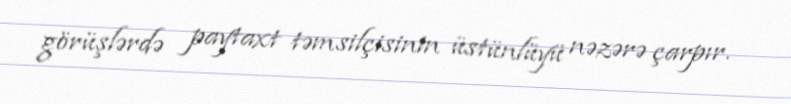
görüşlərdə paytaxt təmsilçisinin üstünlüyü nəzərə çarpır.